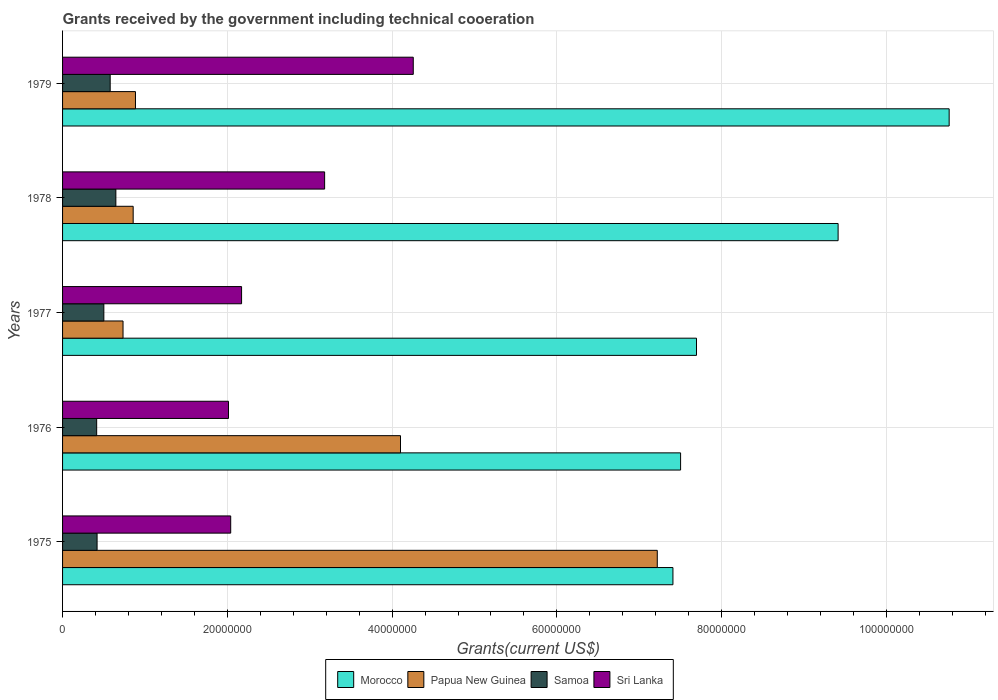
| Years | Morocco | Papua New Guinea | Samoa | Sri Lanka |
 | --- | --- | --- | --- | --- |
 | 1975 | 7.41e+07 | 7.22e+07 | 4.19e+06 | 2.04e+07 |
 | 1976 | 7.5e+07 | 4.1e+07 | 4.14e+06 | 2.01e+07 |
 | 1977 | 7.7e+07 | 7.34e+06 | 5.01e+06 | 2.17e+07 |
 | 1978 | 9.41e+07 | 8.57e+06 | 6.47e+06 | 3.18e+07 |
 | 1979 | 1.08e+08 | 8.85e+06 | 5.78e+06 | 4.26e+07 |